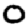
Digit: 0